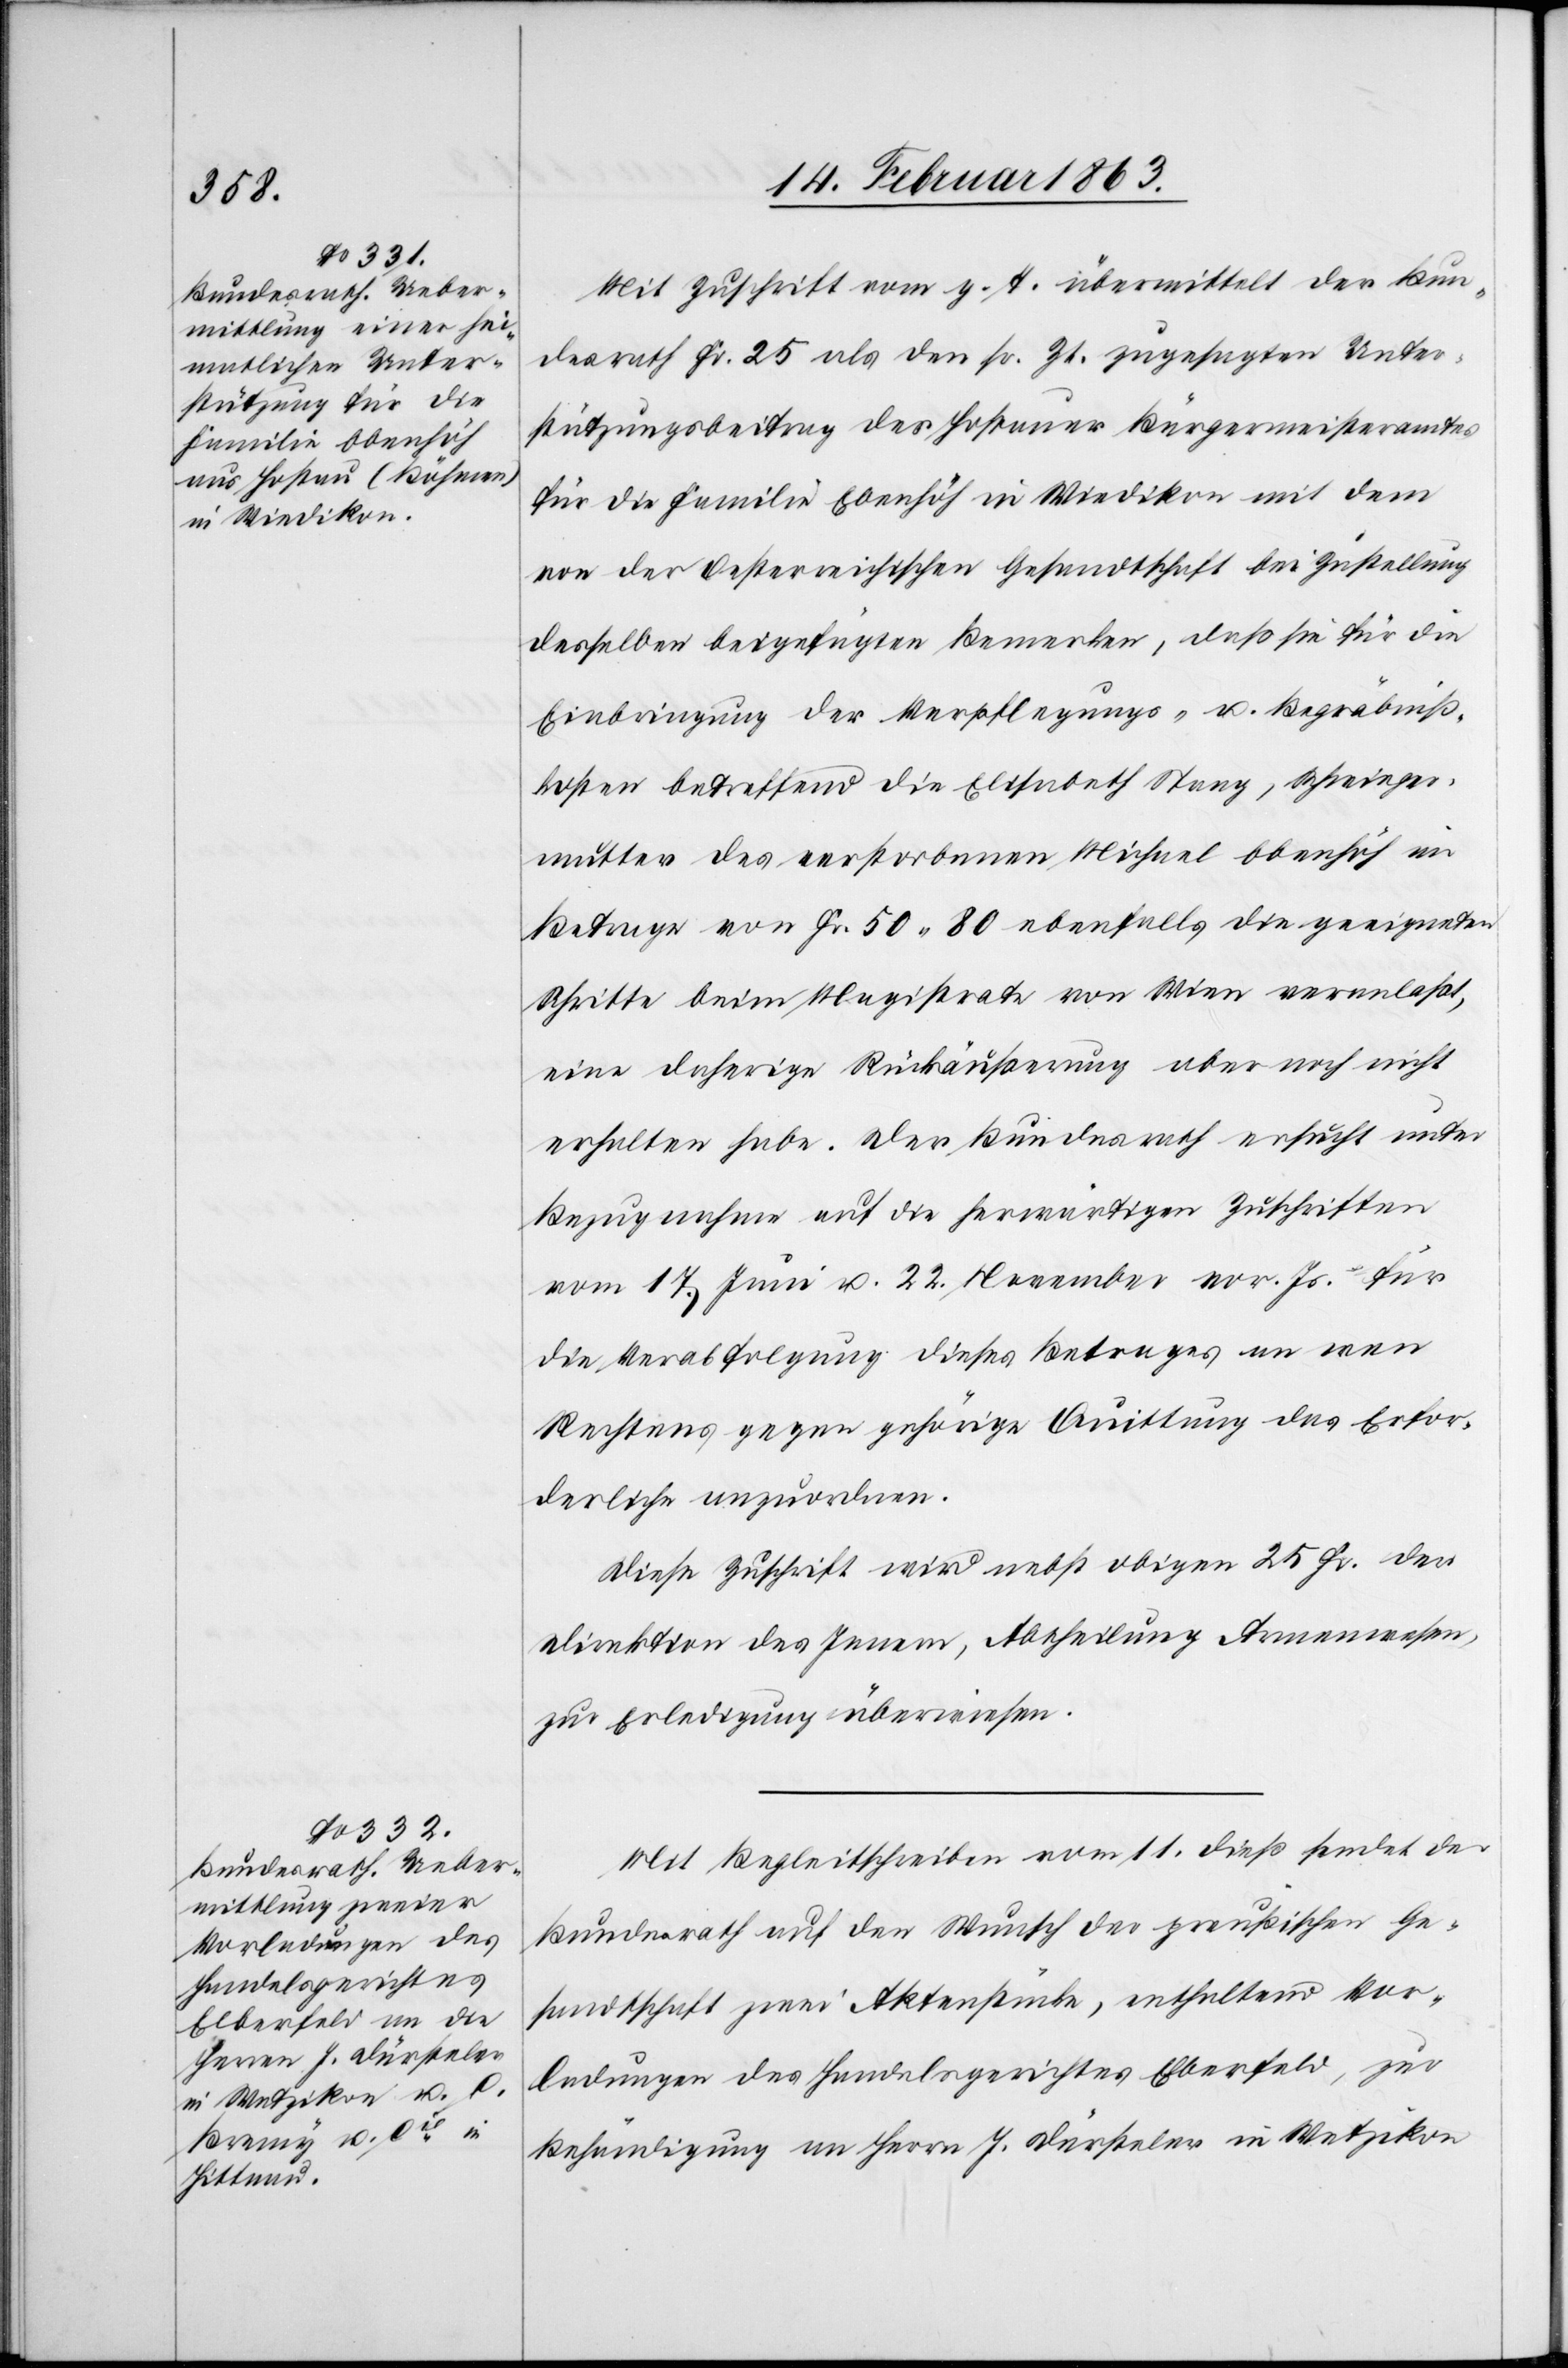
14. Februar 1863.]
Mit Zuschrift vom g. T. übermittelt der Bun¬
desrath Fr. 25 als den sr. Zt. zugesagten Unter¬
stützungsbeitrag des Hostauer Bürgermeisteramtes
für die Familie Ebenhöh in Wiedikon mit dem
von der Oesterreichischen Gesandtschaft bei Zustellung
desselben beigefügten Bemerken, daß sie für die
Einbringung der Verpflegungs- u. Begräbniß¬
kosten betreffend die Elisabeth Stanz, Schwieger¬
mutter des verstorbenen Michael Ebenhöh im
Betrage von Fr. 50. 80 ebenfalls die geeigneten
Schritte beim Magistrate von Wien veranlaßt,
eine daherige Rückäußerung aber noch nicht
erhalten habe. Der Bundesrath ersucht unter
Bezugnahme auf die herwärtigen Zuschriften
vom 17. Juni u. 22. November vor. Js. für
die Verabfolgung dieses Betrages an wen
Rechtes gegen gehörige Quittung das Erfor¬
derliche anzuordnen.
Diese Zuschrift wird nebst obigen 25 Fr. der
Direktion des Innern, Abtheilung Armenwesen,
zur Erledigung überwiesen.
Mit Begleitschreiben vom 11. dieß sendet der
Bundesrath auf den Wunsch der preußischen Ge¬
sandtschaft zwei Aktenstücke, enthaltend Vor¬
ladungen des Handelsgerichtes Elberfeld, zur
Behändigung an Herrn J. Dürsteler in Wetzikon